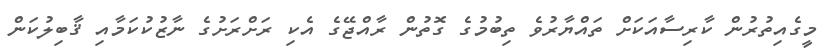
މީގެއިތުރުން ކާރިސާއަކަށް ތައްޔާރުވެ ތިބުމުގެ ގޮތުން ރާއްޖޭގެ އެކި ރަށްރަށުގެ ނާޒުކުކަމާއި ޤާބިލުކަން